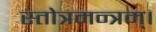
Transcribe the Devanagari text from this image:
स्तोत्रमन्त्रम्।